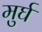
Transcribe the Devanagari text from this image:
मुर्घ